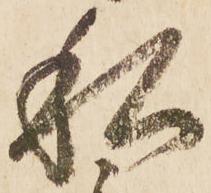
私